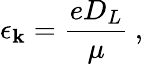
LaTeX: \epsilon_{\mathbf{k}}=\frac{{eD_{L}}}{{\mu}}\: ,